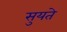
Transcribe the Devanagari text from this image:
सुयते